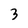
Character: 3